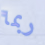
ربما